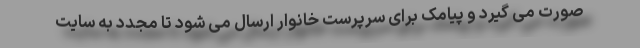
صورت می گیرد و پیامک برای سرپرست خانوار ارسال می شود تا مجدد به سایت